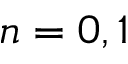
n = 0 , 1